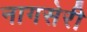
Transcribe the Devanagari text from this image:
नागसेरी